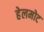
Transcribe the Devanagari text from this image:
हेलमोट